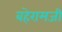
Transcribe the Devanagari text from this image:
बहेरामजी